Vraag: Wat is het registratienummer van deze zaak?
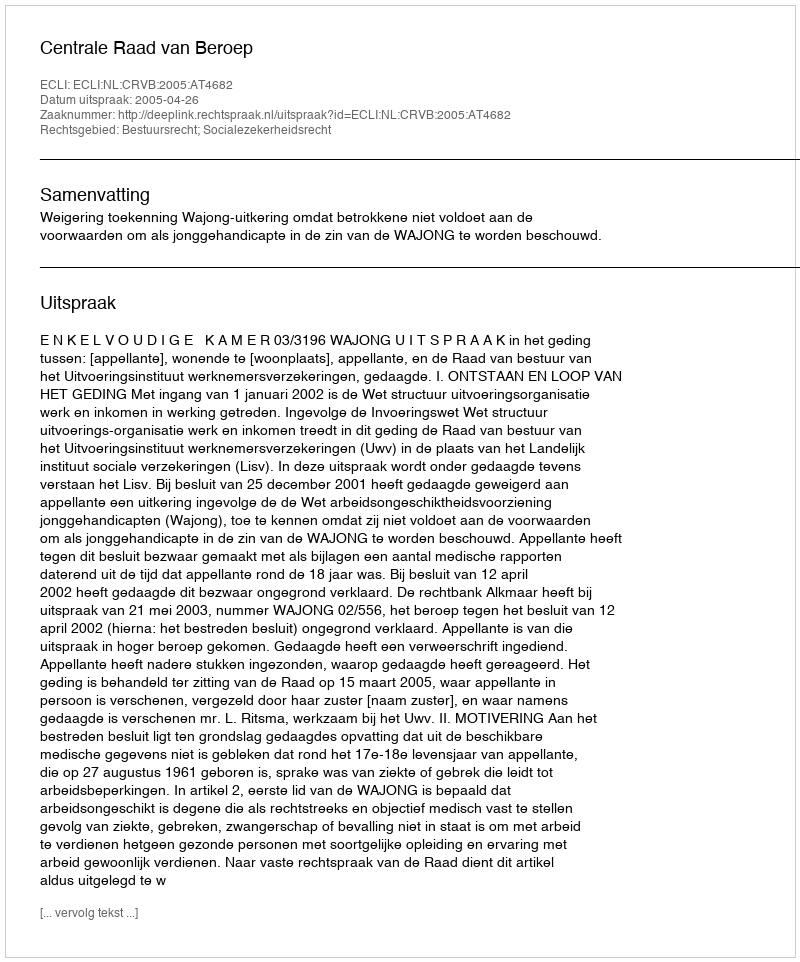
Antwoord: http://deeplink.rechtspraak.nl/uitspraak?id=ECLI:NL:CRVB:2005:AT4682